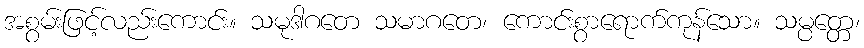
အစွမ်းဖြင့်လည်းကောင်း။ သမုဒါဂတေ သမာဂတေ၊ ကောင်းစွာရောက်ကုန်သော။ သမ္ပတ္တေ၊